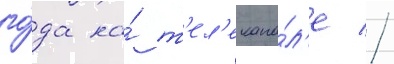
го́да на́ т'ел'екана́л'е //